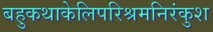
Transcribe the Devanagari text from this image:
बहुकथाकेलिपरिश्रमनिरंकुश